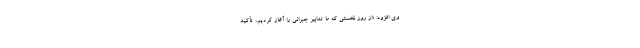
وی افزود: «از روز نخستی که ما تدابیر جبرانی را آغاز کردیم، تأکید